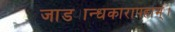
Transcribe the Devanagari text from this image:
जाड्यान्धकारापहाम्‌।